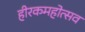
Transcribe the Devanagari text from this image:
हीरकमहोत्सव